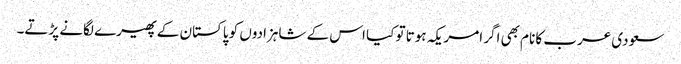
سعودی عرب کا نام بھی اگر امریکہ ہوتا تو کیا اس کے شاہزادوں کو پاکستان کے پھیرے لگانے پڑتے۔